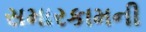
સમારકામની